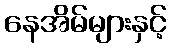
နေအိမ်များနှင့်